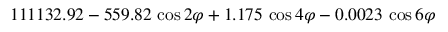
1 1 1 1 3 2 . 9 2 - 5 5 9 . 8 2 \, \cos 2 \varphi + 1 . 1 7 5 \, \cos 4 \varphi - 0 . 0 0 2 3 \, \cos 6 \varphi